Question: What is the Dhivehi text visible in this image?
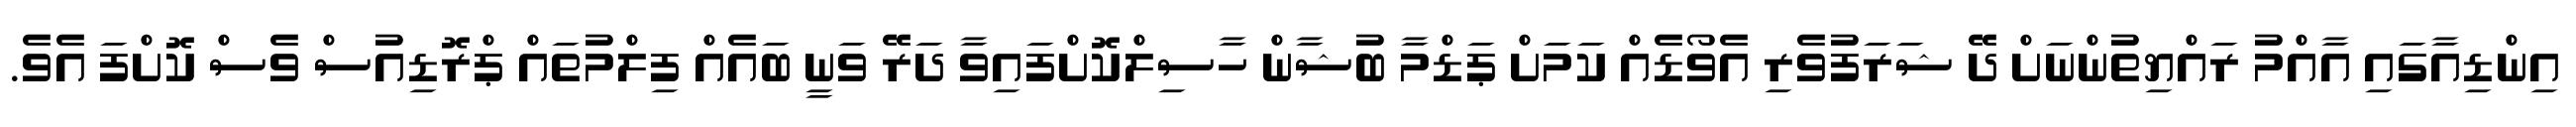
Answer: އިންޑިއާގައި އާއްމު ރައްޔިތުންނަށް ދޭ ޝަރަފުވެރި އެވޯޑެއް ކަމަށް ޕަޑްމާ ބުޝާން ހާސިލްކޮށްފައިވާ ދަރޭ ވަނީ ބައެއް ފިލްމުތައް ޕްރޮޑިއުސް ވެސް ކޮށްފަ އެވެ.